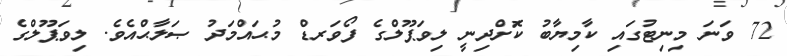
72 ވަނަ މިނިޓުގައި ކާމިޔާބު ކޮަށްދިނީ ލިވަޕޫލްގެ ފޯވަރޑް މުޙައްމަދު ޞަލާޙްއެވެ. ލިވަޕޫލްގެ